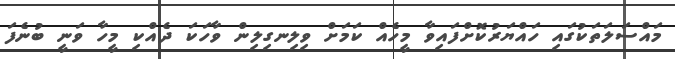
މައްސަލަތަކުގައި ހައްޔަރުކޮށްފައިވާ މީހެއް ކަމަށް ވިލިނގިލިން ވާހަކަ ދެއްކި މީހާ ވަނީ ބުނެފަ